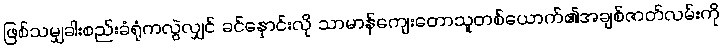
ဖြစ်သမျှခါးစည်းခံရုံကလွဲလျှင် ခင်နှောင်းလို သာမာန်ကျေးတောသူတစ်ယောက်၏အချစ်ဇာတ်လမ်းကို